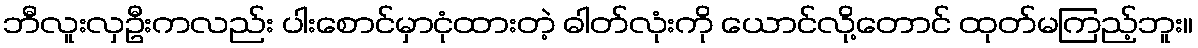
ဘီလူးလှဦးကလည်း ပါးစောင်မှာငုံထားတဲ့ ဓါတ်လုံးကို ယောင်လို့တောင် ထုတ်မကြည့်ဘူး။